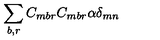
\sum _ { b , r } C _ { m b r } C _ { m b r } \alpha \delta _ { m n }